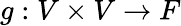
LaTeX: g:V\times V\rightarrow F